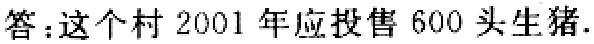
答：这个村 2001 年应投售 600 头生猪.